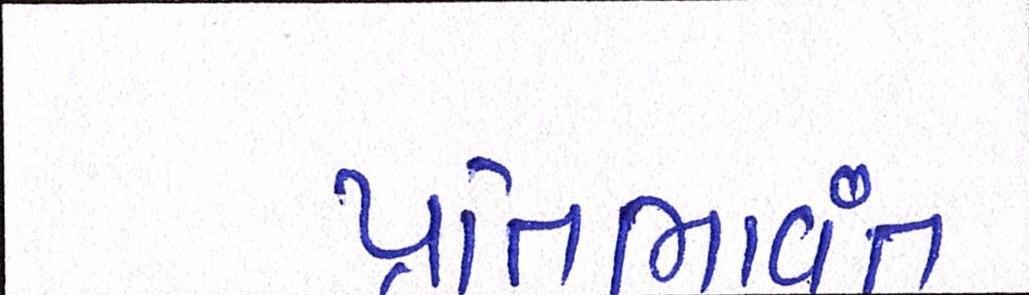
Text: પ્રતિભાવંત